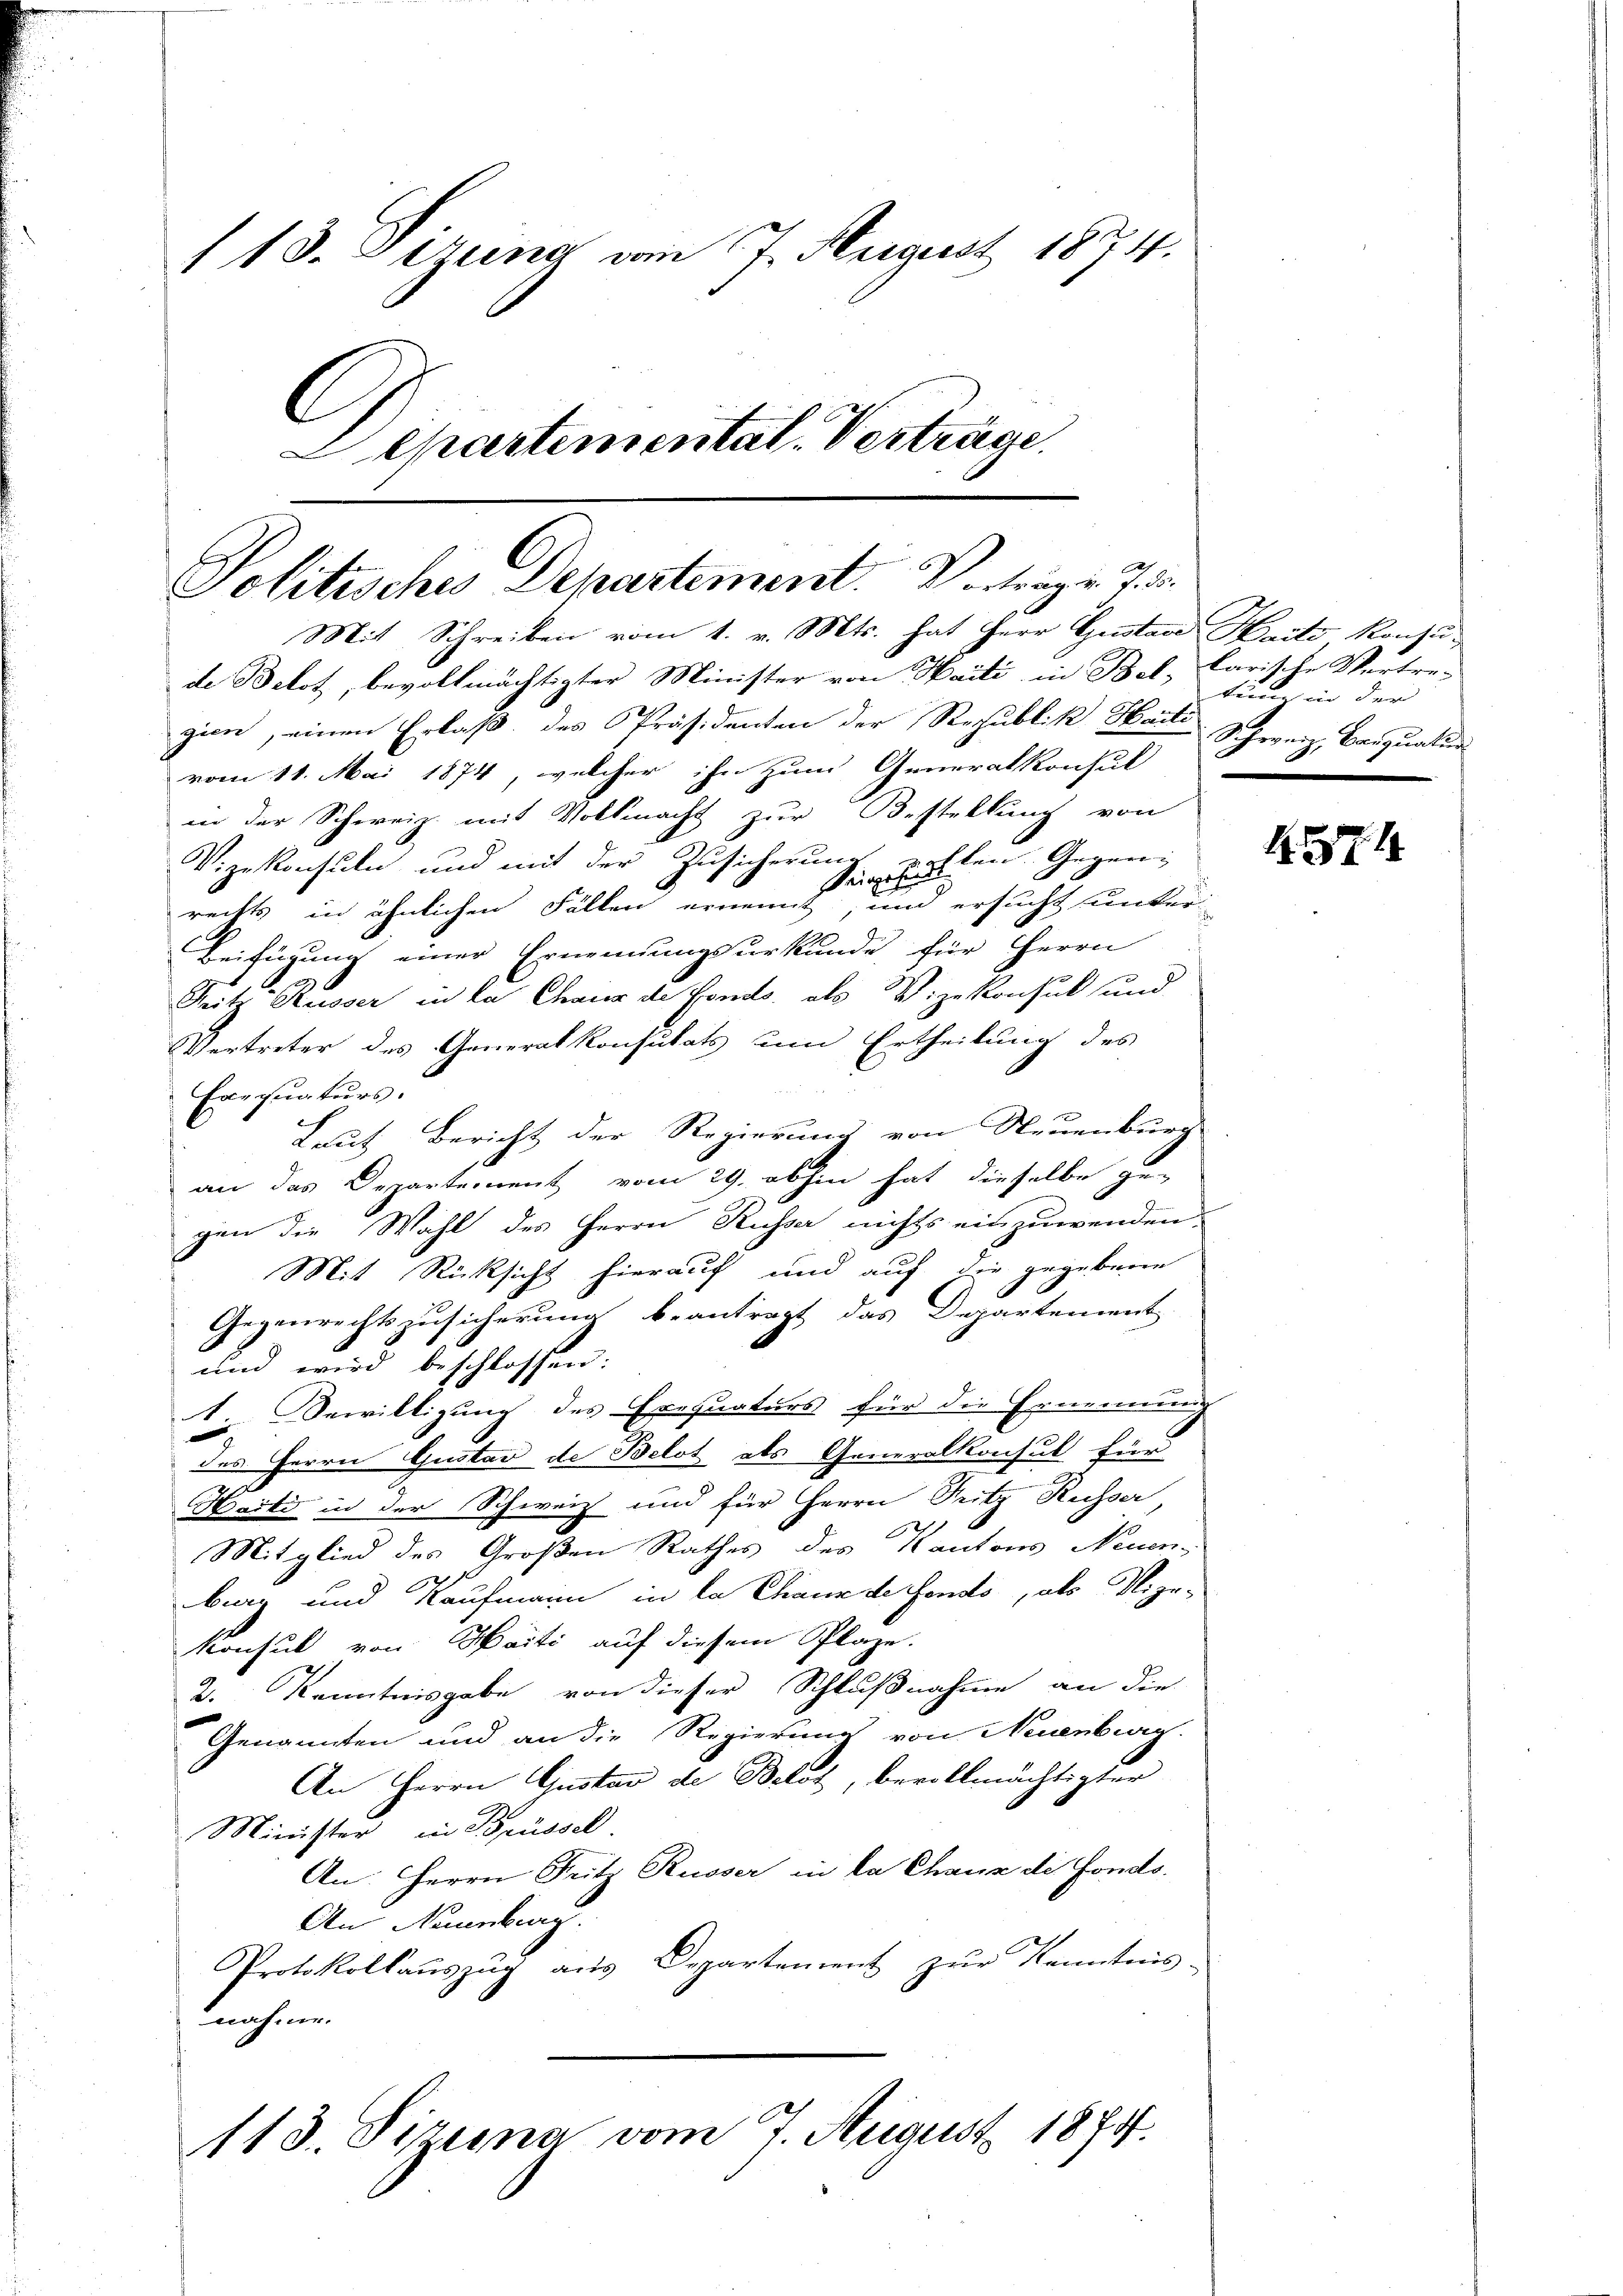
118. Gerung vom 7. August 1874.
C
Separtemental. Verträge.

Politisches Departement. Vortrag u. 7. d.
Mit Schreiben vom 1. v. Mts. hat Herr Gustav Harti Konsu-

de Belot, bevollmächtigter Minister von Haiti in Bellarische Vortre-
gien, einen Erlaß des Präsidenten der Republik Harte Schweiz. Banquatur
vom 11. Mai 1874, welcher ihn zum Generalkonsul
in der Schweiz mit Vollmacht zur Bestellung von
Vizekonsuln und mit der Zusicherung zahlen. Gegen¬
A
rechts in ähnlichen Fällen ernennt, um ersucht unter-
Beifügung einer Ernennungsurkunde für Herrn
Fritz Kusser in ka Chaus de Fonds, als Vizekonsul und
Vertreter des Generalkonsulats um Ertheilung des
Exequaturs.
Laut Bericht der Regierung von Neuenburg
an das Departement vom 29. abhin hat dieselbe gegen die Wahl des Herrn Russer nichts einzuwenden
Mit Rücksicht hierauf und auf die gegebene
Gegenrechtszusicherung beantragt das Departement
und wird beschlossen:
1. Bewilligung des Exequaturs für die Ernennung
des Herrn Gustav de Belot als Generalkonsul für
Harti in der Schweiz und für Herrn Fritz Russer,
Mitglied des Großen Rathes des Kantons Neuenburg und Kaufmann in la Chaux de fondo, als Vize-
Konsul von Haiti auf diesem Plaze.
2. Kenntnisgabe von dieser Schlußnahme an die
Genannten und an die Regierung von Neuenburg.
An Herrn Gustav de Belot, bevollmächtigter
Minister in Brüssel
An Herrn Fritz Russer in da Chaux de Fonds.
An Naumburg.
Protokollaŭszŭg aŭs Departement zŭr Kenntnis-
nahme.

113. Sizung vom 7. August 1874.

tun in der

H.71